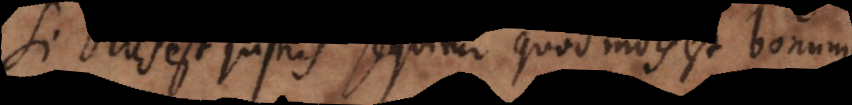
Si Deus est justus sequitur quod mors est bonum.